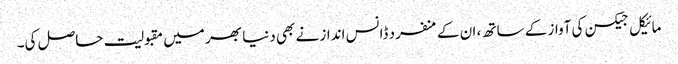
مائیکل جیکسن کی آواز کے ساتھ ، ان کے منفرد ڈانس انداز نے بھی دنیا بھر میں مقبولیت حاصل کی۔